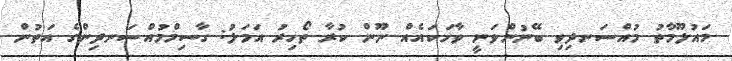
މައުލޫމާތު މުއްސަނދިވި ބޭނުންވަނީ ވާހަކައެއް ނޫން ކުރާ ތޯހިރު އަމަލު: ގާސިމްމުއްސަނދިންގެ އަތުން